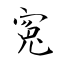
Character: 寃